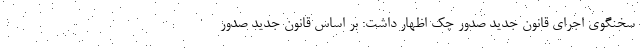
سخنگوی اجرای قانون جدید صدور چک اظهار داشت: بر اساس قانون جدید صدور